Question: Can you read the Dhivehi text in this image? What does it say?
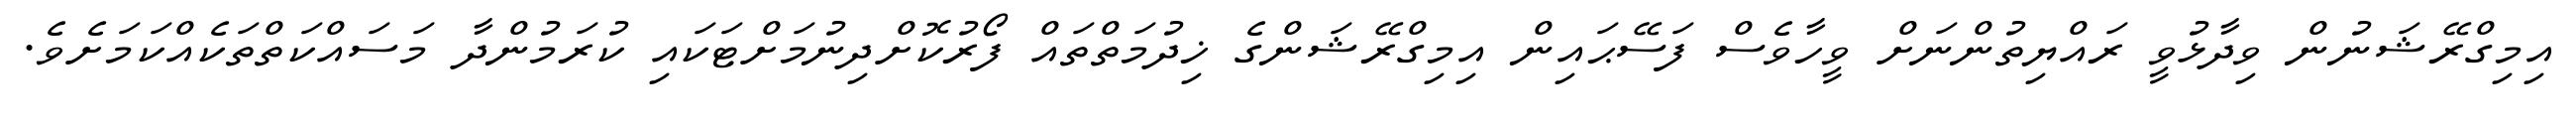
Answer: އިމިގްރޭޝަނުން ވިދާޅުވީ ރައްޔިތުންނަށް ވީހާވެސް ފަސޭޙައިން އިމިގްރޭޝަންގެ ޚިދުމަތްތައް ފޯރުކޮށްދިނުމަށްޓަކައި ކުރަމުންދާ މަސައްކަތްތަކެއްކަމަށެވެ.